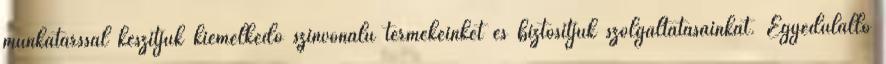
munkatárssal készítjük kiemelkedő színvonalú termékeinket és biztosítjuk szolgáltatásainkat. Egyedülálló